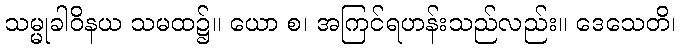
သမ္မုခါဝိနယ သမထ၌။ ယော စ၊ အကြင်ရဟန်းသည်လည်း။ ဒေသေတိ၊